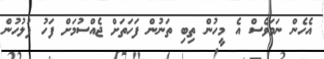
އެހެން ނަމަވެސް އެ މީހުން ތިބި ތަނުން ފަހަތަށް ޖެއްސުމަށް ފަހު ފުލުހުން